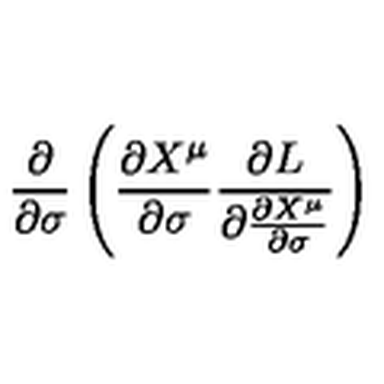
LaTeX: \displaystyle { \frac { \partial } { \partial \sigma } \left( \frac { \partial X ^ { \mu } } { \partial \sigma } \frac { \partial L } { \partial \frac { \partial X ^ { \mu } } { \partial \sigma } } \right) }